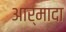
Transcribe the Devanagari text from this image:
आर्मादा